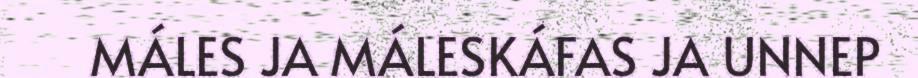
MÁLES JA MÁLESKÁFAS JA UNNEP